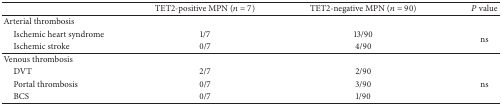
<table><thead><tr><td><b> </b></td><td><b>TET2-positive MPN (<i>n</i> = 7)</b></td><td><b>TET2-negative MPN (<i>n</i> = 90)</b></td><td><b><i>P</i> value</b></td></tr></thead><tbody><tr><td>Arterial thrombosis</td><td> </td><td> </td><td> </td></tr><tr><td> Ischemic heart syndrome</td><td>1/7</td><td>13/90</td><td rowspan="2">ns</td></tr><tr><td> Ischemic stroke</td><td>0/7</td><td>4/90</td></tr><tr><td>Venous thrombosis</td><td> </td><td> </td></tr><tr><td> DVT</td><td>2/7</td><td>2/90</td></tr><tr><td> Portal thrombosis</td><td>0/7</td><td>3/90</td><td>ns</td></tr><tr><td> BCS</td><td>0/7</td><td>1/90</td><td> </td></tr></tbody></table>